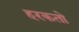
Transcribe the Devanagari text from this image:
हरकतो